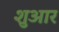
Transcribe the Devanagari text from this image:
शुआर